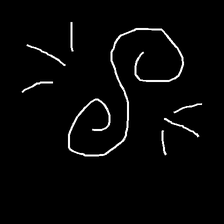
Glyph: wind-directs-air